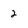
Character: 2